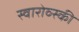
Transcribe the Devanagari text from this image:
स्वारोव्स्की